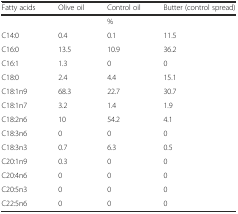
| Fatty acids | Olive oil | Control oil | Butter (control spread) |
 | --- | --- | --- | --- |
 |  |  | % |  |
 | C14:0 | 0.4 | 0.1 | 11.5 |
 | C16:0 | 13.5 | 10.9 | 36.2 |
 | C16:1 | 1.3 | 0 | 0 |
 | C18:0 | 2.4 | 4.4 | 15.1 |
 | C18:1n9 | 68.3 | 22.7 | 30.7 |
 | C18:1n7 | 3.2 | 1.4 | 1.9 |
 | C18:2n6 | 10 | 54.2 | 4.1 |
 | C18:3n6 | 0 | 0 | 0 |
 | C18:3n3 | 0.7 | 6.3 | 0.5 |
 | C20:1n9 | 0.3 | 0 | 0 |
 | C20:4n6 | 0 | 0 | 0 |
 | C20:5n3 | 0 | 0 | 0 |
 | C22:5n6 | 0 | 0 | 0 |